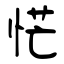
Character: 恾